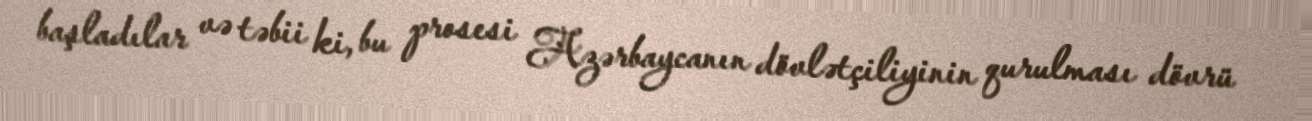
başladılar və təbii ki, bu prosesi Azərbaycanın dövlətçiliyinin qurulması dövrü